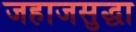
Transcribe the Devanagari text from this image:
जहाजसुद्धा